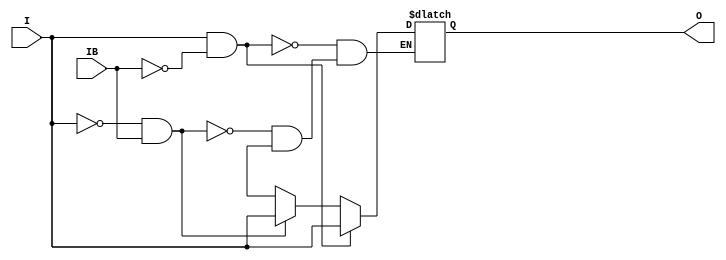
// This program was cloned from: https://github.com/jhshi/openofdm
// License: Apache License 2.0

// $Header: /devl/xcs/repo/env/Databases/CAEInterfaces/verunilibs/data/unisims/IBUFGDS.v,v 1.10 2009/08/21 23:55:43 harikr Exp $
///////////////////////////////////////////////////////////////////////////////
// Copyright (c) 1995/2004 Xilinx, Inc.
// All Right Reserved.
///////////////////////////////////////////////////////////////////////////////
//   ____  ____
//  /   /\/   /
// /___/  \  /    Vendor : Xilinx
// \   \   \/     Version : 10.1
//  \   \         Description : Xilinx Functional Simulation Library Component
//  /   /                  Differential Signaling Input Clock Buffer
// /___/   /\     Filename : IBUFGDS.v
// \   \  /  \    Timestamp : Thu Mar 25 16:42:24 PST 2004
//  \___\/\___\
//
// Revision:
//    03/23/04 - Initial version.
//    05/23/07 - Changed timescale to 1 ps / 1 ps.
//    07/26/07 - Add else to handle x case for o_out (CR 424214).
//    07/16/08 - Added IBUF_LOW_PWR attribute.
//    03/19/09 - CR 511590 - Added Z condition handling.
//    04/22/09 - CR 519127 - Changed IBUF_LOW_PWR default to TRUE.
// End Revision


`timescale  1 ps / 1 ps


module IBUFGDS (O, I, IB);

    parameter CAPACITANCE = "DONT_CARE";   
    parameter DIFF_TERM = "FALSE";
    parameter IBUF_DELAY_VALUE = "0";
    parameter IBUF_LOW_PWR = "TRUE";
    parameter IOSTANDARD = "DEFAULT";
   
    output O;
    input  I, IB;

    reg o_out;

    buf b_0 (O, o_out);

    initial begin
	
        case (CAPACITANCE)

            "LOW", "NORMAL", "DONT_CARE" : ;
            default : begin
                          $display("Attribute Syntax Error : The attribute CAPACITANCE on IBUFGDS instance %m is set to %s.  Legal values for this attribute are DONT_CARE, LOW or NORMAL.", CAPACITANCE);
                          $finish;
                      end

        endcase

	
	case (DIFF_TERM)

            "TRUE", "FALSE" : ;
            default : begin
                          $display("Attribute Syntax Error : The attribute DIFF_TERM on IBUFGDS instance %m is set to %s.  Legal values for this attribute are TRUE or FALSE.", DIFF_TERM);
                          $finish;
                      end

	endcase

	
	case (IBUF_DELAY_VALUE)

            "0", "1", "2", "3", "4", "5", "6", "7", "8", "9", "10", "11", "12", "13", "14", "15", "16" : ;
            default : begin
                          $display("Attribute Syntax Error : The attribute IBUF_DELAY_VALUE on IBUFGDS instance %m is set to %s.  Legal values for this attribute are 0, 1, 2, ... or 16.", IBUF_DELAY_VALUE);
                          $finish;
                      end

        endcase

        case (IBUF_LOW_PWR)

            "FALSE", "TRUE" : ;
            default : begin
                          $display("Attribute Syntax Error : The attribute IBUF_LOW_PWR on IBUF instance %m is set to %s.  Legal values for this attribute are TRUE or FALSE.", IBUF_LOW_PWR);
                          $finish;
                      end

        endcase


    end
    
    always @(I or IB) begin
	if (I == 1'b1 && IB == 1'b0)
	    o_out <= I;
	else if (I == 1'b0 && IB == 1'b1)
	    o_out <= I;
        else if (I == 1'bx || I == 1'bz || IB == 1'bx || IB == 1'bz)
            o_out <= 1'bx;
    end

endmodule